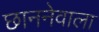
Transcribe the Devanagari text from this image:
छाननेवाला